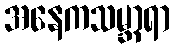
အနေကသမ္ဘာရာ